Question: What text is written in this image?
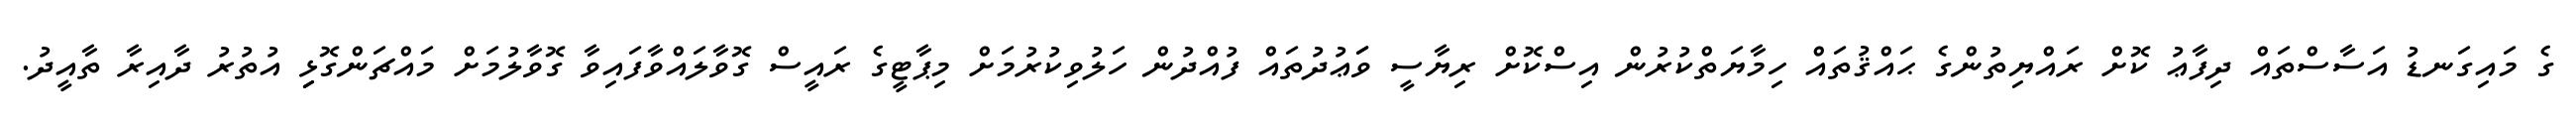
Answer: ގެ މައިގަނޑު އަސާސްތައް ދިފާޢު ކޮށް ރައްޔިތުންގެ ޙައްޤުތައް ހިމާޔަތްކުރުން އިސްކޮށް ރިޔާސީ ވަަޢުދުތައް ފުއްދުން ހަލުވިކުރުމަށް މިޕާޓީގެ ރައީސް ގޮވާލައްވާފައިވާ ގޮވާލުމަށް މައްޗަންގޮޅިި އުތުރު ދާއިރާ ތާއީދު.